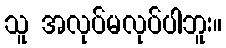
သူ အလုပ်မလုပ်ပါဘူး။